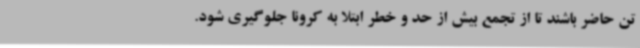
تن حاضر باشند تا از تجمع بیش از حد و خطر ابتلا به کرونا جلوگیری شود.